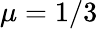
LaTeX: \mu=1/3